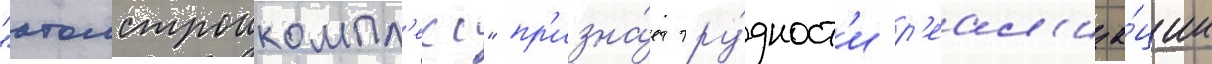
"атомстроикомпл'екс" пр'изна́ет тру́дност'и р'еал'иза́ции